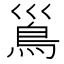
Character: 𩾣